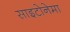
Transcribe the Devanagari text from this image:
साइटोनेमा